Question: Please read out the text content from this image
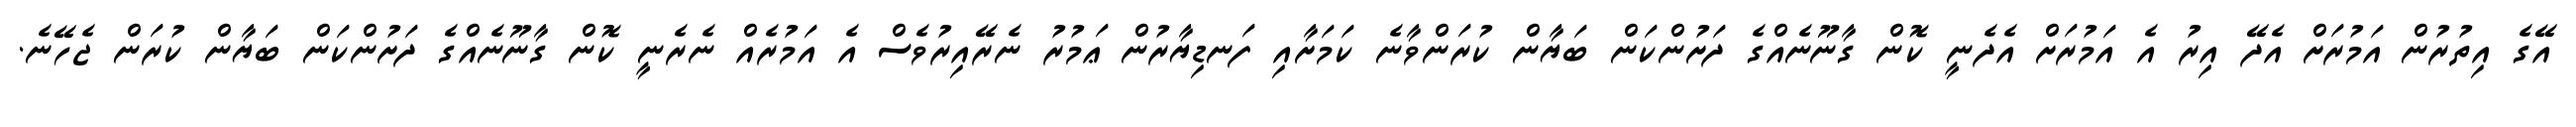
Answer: އޭގެ އިތުރުން އަމުރަށް އެދޭ އިރު އެ އަމުރަށް އެދެނީ ކޮން ގާނޫނެއްގެ ދަށުންކަން ބަޔާން ކުރަންވާނެ ކަމަށާއި ފަނޑިޔާރުން ޢަމުރު ނެރޭއިރުވެސް އެ އަމުރެއް ނެރެނީ ކޮން ގާނޫނެއްގެ ދަށުންކަން ބަޔާން ކުރަން ޖެހޭނެ.